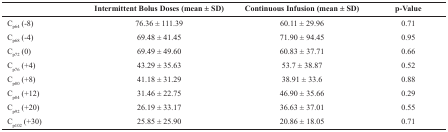
<table><thead><tr><td></td><td><b>Intermittent Bolus Doses (mean ± SD)</b></td><td><b>Continuous Infusion (mean ± SD)</b></td><td><b>p-Value</b></td></tr></thead><tbody><tr><td>C<sub>p64</sub> (-8)</td><td>76.36 ± 111.39</td><td>60.11 ± 29.96</td><td>0.71</td></tr><tr><td>C<sub>p68</sub> (-4)</td><td>69.48 ± 41.45</td><td>71.90 ± 94.45</td><td>0.95</td></tr><tr><td>C<sub>p72</sub> (0)</td><td>69.49 ± 49.60</td><td>60.83 ± 37.71</td><td>0.66</td></tr><tr><td>C<sub>p76</sub> (+4)</td><td>43.29 ± 35.63</td><td>53.7 ± 38.87</td><td>0.52</td></tr><tr><td>C<sub>p80</sub> (+8)</td><td>41.18 ± 31.29</td><td>38.91 ± 33.6</td><td>0.88</td></tr><tr><td>C<sub>p84</sub> (+12)</td><td>31.46 ± 22.75</td><td>46.90 ± 35.66</td><td>0.29</td></tr><tr><td>C<sub>p92</sub> (+20)</td><td>26.19 ± 33.17</td><td>36.63 ± 37.01</td><td>0.55</td></tr><tr><td>C<sub>p102 </sub>(+30)</td><td>25.85 ± 25.90</td><td>20.86 ± 18.05</td><td>0.71</td></tr></tbody></table>